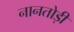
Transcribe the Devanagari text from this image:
नानतोड़ी